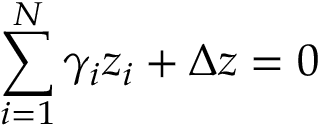
\sum _ { i = 1 } ^ { N } \gamma _ { i } z _ { i } + \Delta z = 0